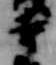
寺